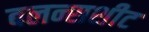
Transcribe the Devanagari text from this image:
बलन्सशीट